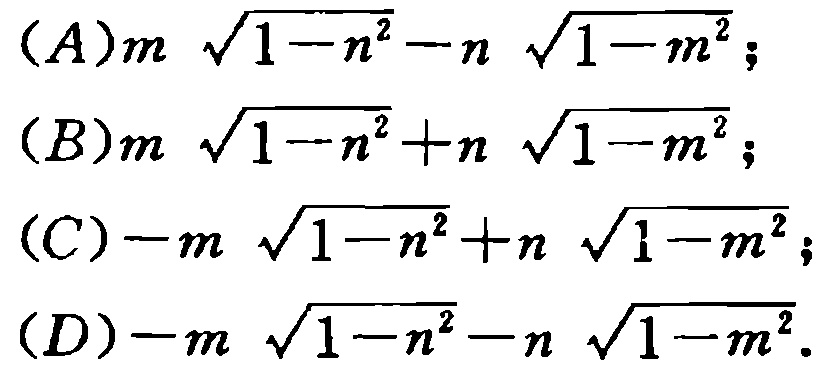
(A)$m\sqrt{1 - n^{2}}-n\sqrt{1 - m^{2}}$;

(B)$m\sqrt{1 - n^{2}}+n\sqrt{1 - m^{2}}$;

(C)$-m\sqrt{1 - n^{2}}+n\sqrt{1 - m^{2}}$;

(D)$-m\sqrt{1 - n^{2}}-n\sqrt{1 - m^{2}}$.